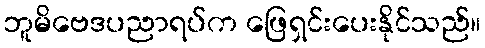
ဘူမိဗေဒပညာရပ်က ဖြေရှင်းပေးနိုင်သည်။